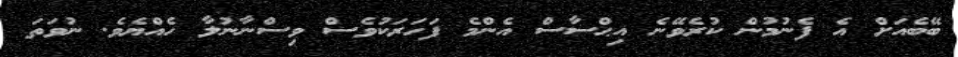
ބޭބެއަށް އެ ފެނުމުން ކުރެވޭނެ އިޙްސާސް އެންމެ ފަހަރަކުވެސް ވިސްނާނުލާ ހެއްޔެވެ. ނުވަތަ